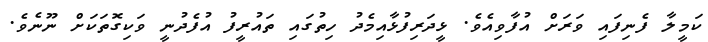
ކަމީލާ ފެނިފައި ވަރަށް އުފާވިއެވެ. ޅީދަރިފުޅާއިމެދު ހިތުގައި ތައުރީފު އުފެދުނީ ވަކިގޮތަކަށް ނޫނެވެ.